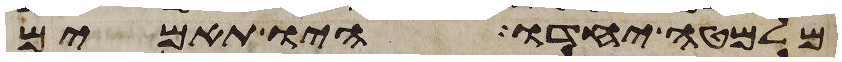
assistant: מלמטה יחדו היו תאמים